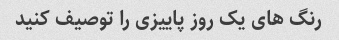
رنگ های یک روز پاییزی را توصیف کنید